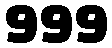
999